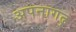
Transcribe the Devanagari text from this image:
अपनागढ़